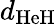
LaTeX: d_{\mathrm{HeH}}